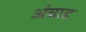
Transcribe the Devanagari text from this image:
अंबाड